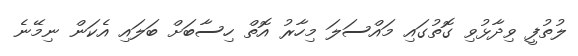
ލުތުފީ ވިދާޅުވި ގޮތުގައި މައްސަލަ މިހާރު އޮތް ހިސާބަށް ބަލައި އެކަން ނިމޭނެ